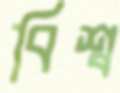
বিশ্ব